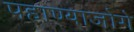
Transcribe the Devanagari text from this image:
पहाण्याजोगे